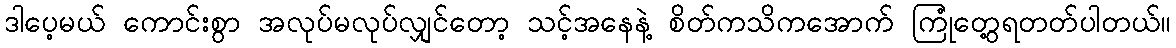
ဒါပေ့မယ် ကောင်းစွာ အလုပ်မလုပ်လျှင်တော့ သင့်အနေနဲ့ စိတ်ကသိကအောက် ကြုံတွေ့ရတတ်ပါတယ်။